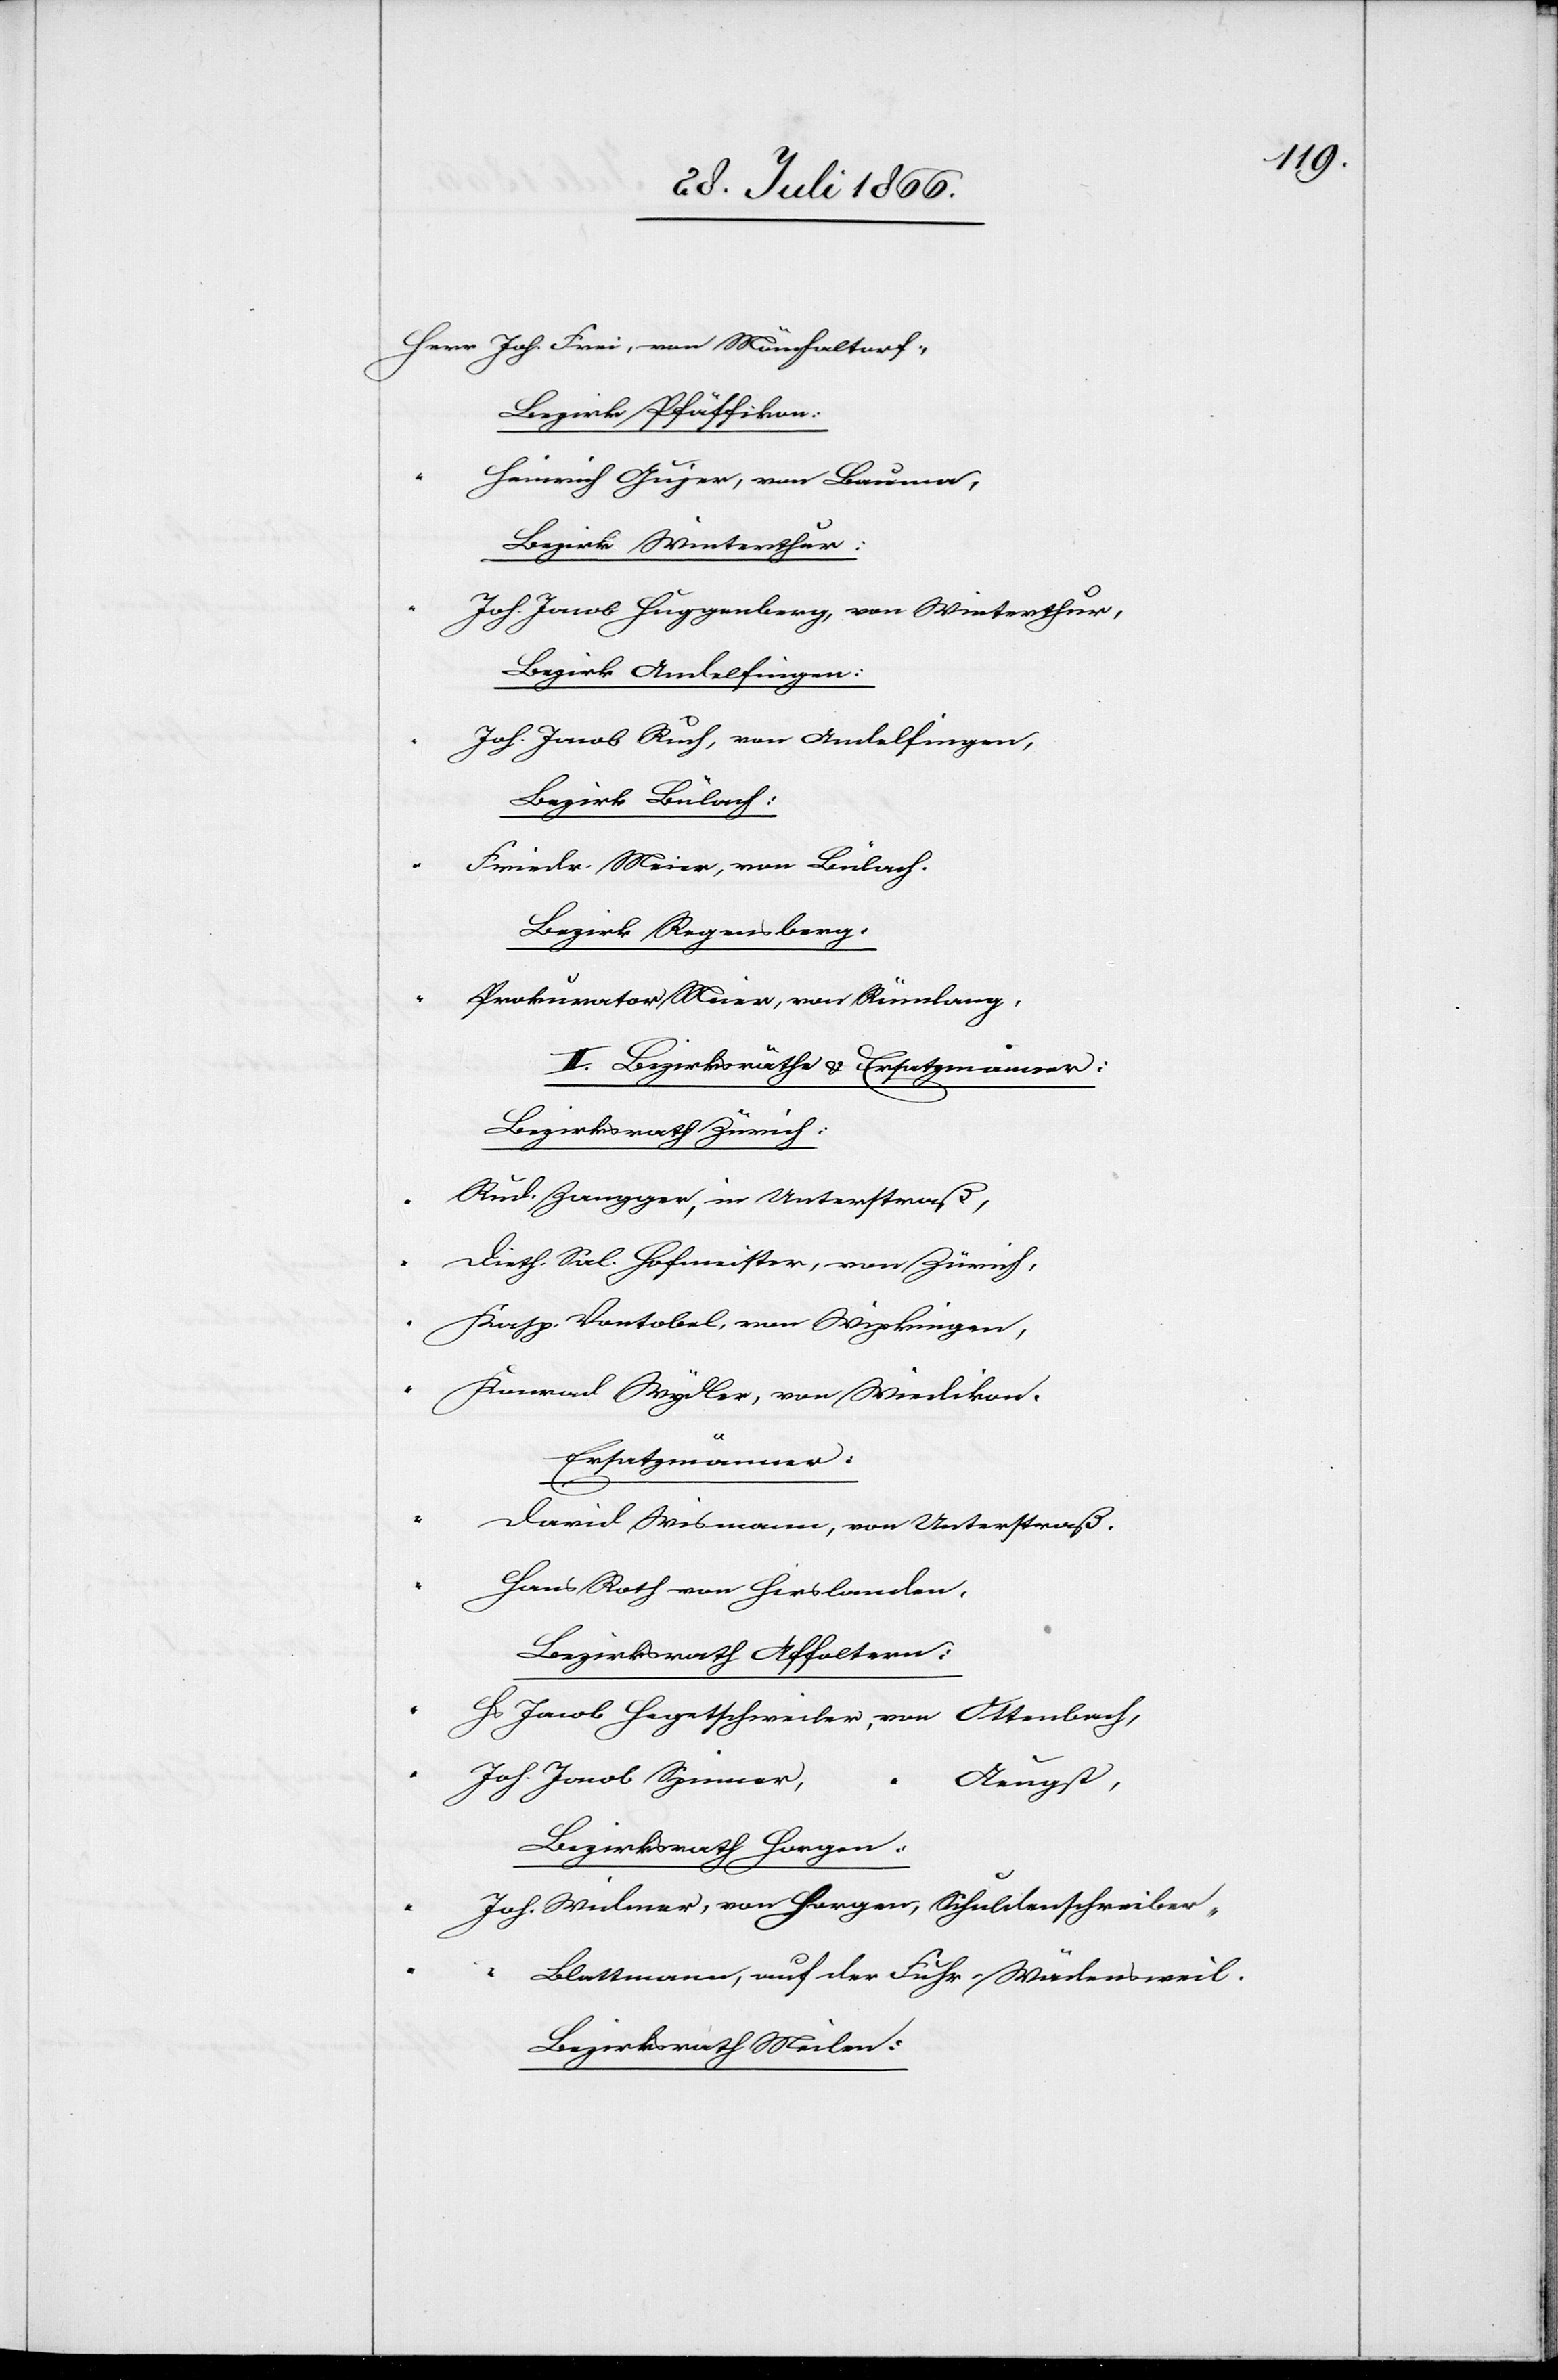
Joh. Frei, von Mönchaltorf.,
Bezirk Pfäffikon:
Heinrich Gujer, von Bauma,
Bezirk Winterthur:
Joh. Jacob Huggenberg, von Winterthur,
Bezirk Andelfingen:
Joh. Jacob Ruch, von Andelfingen,
Bezirk Bülach:
Friedr. Meier, von Bülach.
Bezirk Regensberg:
Prokurator Meier, von Rümlang,
II. Bezirksräthe u. Ersatzmänner
Bezirksrath Zürich:
Rud. Zangger, in Unterstraß,
Dieth. Sal. Hofmeister, von Zürich,
Kasp. Vontobel, von Wipkingen,
Konrad Wydler, von Wiedikon,
Ersatzmänner:
David Weibmann, von Unterstraß.
Hans Roth von Hirslanden.
Bezirksrath Affoltern:
Hs. Jacob Hegertschweiler, von Ottenbach,
Joh. Jacob Spinner
Aeugst,
Bezirksrath Horgen:
Joh. Widmer, von Horgen, Schuldenschreiber,
Blattmann, auf der Fuhr-Wädensweil.
Bezirksrath Meilen: